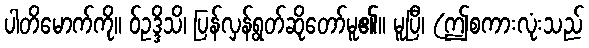
ပါတိမောက်ကို။ ဝ်ဥဒ္ဒိသိ၊ ပြန်လှန်ရွတ်ဆိုတော်မူ၏။ မူပြီ၊ (ဤစကားလုံးသည်